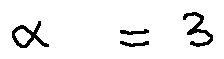
\alpha = 3